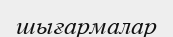
шығармалар